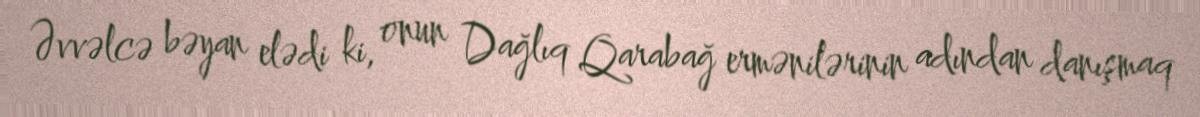
Əvvəlcə bəyan elədi ki, onun Dağlıq Qarabağ ermənilərinin adından danışmaq